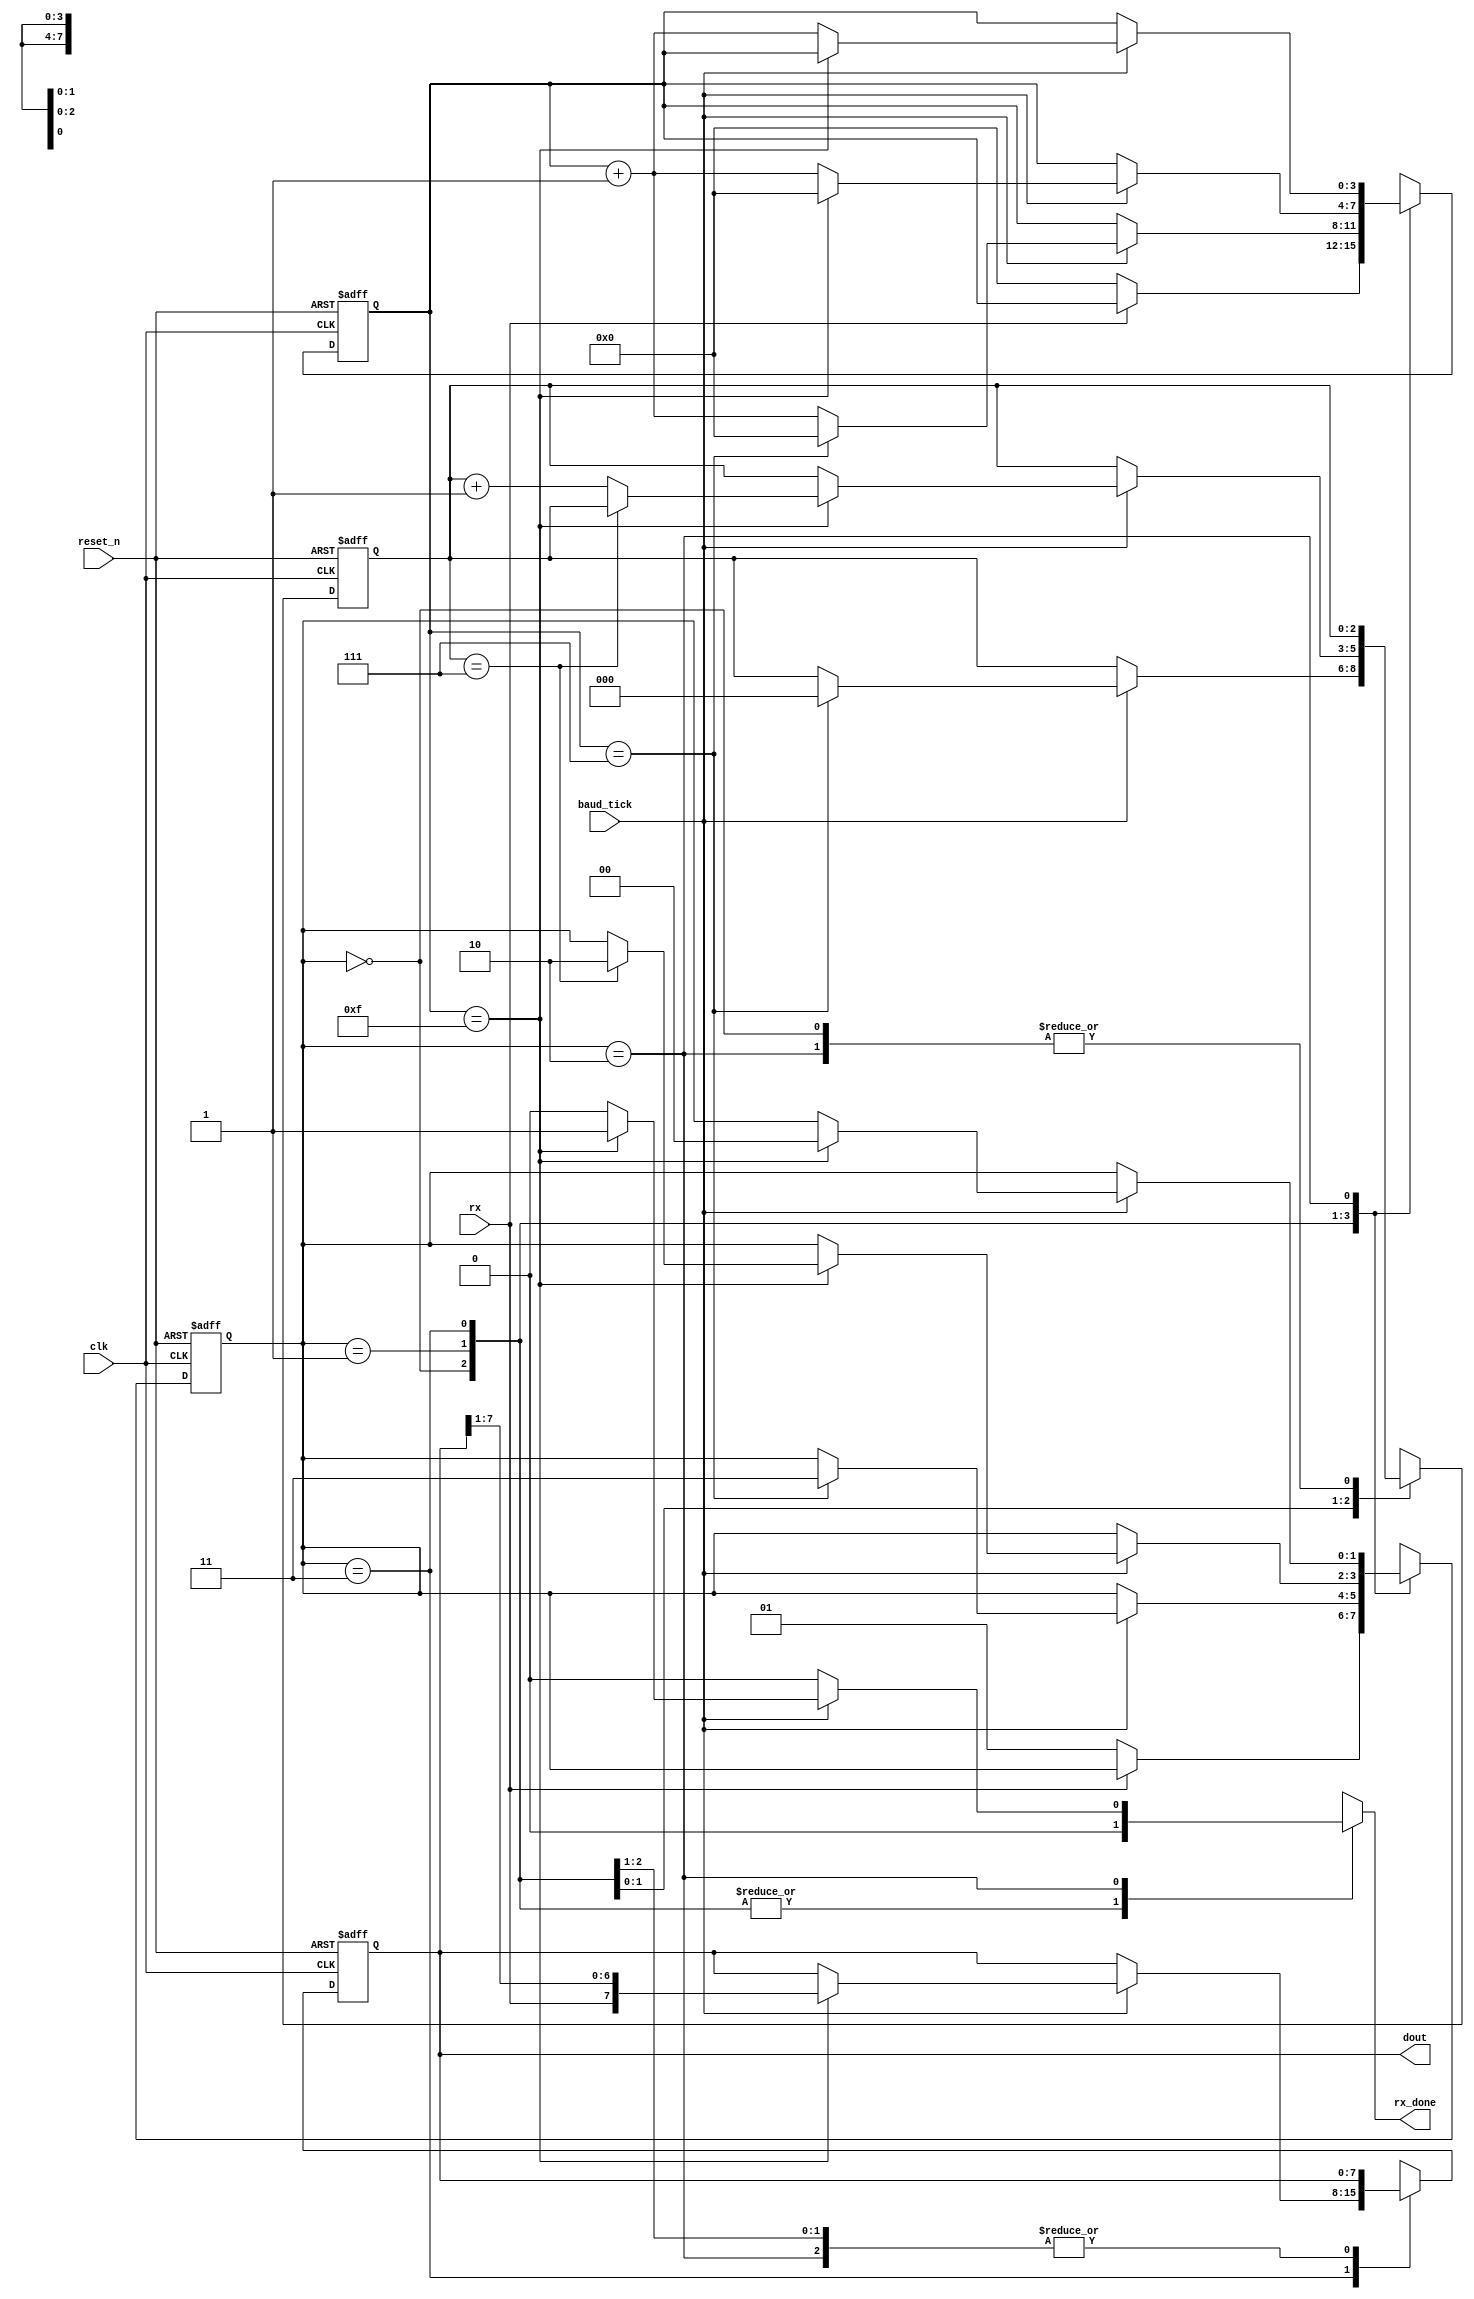
`timescale 1ns / 1ps

module uart_receiver(
input wire clk,
input wire reset_n,

input baud_tick,
input wire rx,

output reg rx_done,
output wire [7:0] dout
);
localparam [1:0] idle_st  = 2'b00;    
localparam [1:0] start_st = 2'b01;
localparam [1:0] data_st  = 2'b11;
localparam [1:0] stop_st  = 2'b10;      
    
    reg [1:0] current_state;
    reg [1:0] next_state;
    reg [3:0] b_reg;        // /
    reg [3:0] b_next;
    reg [2:0] count_reg;    // 
    reg [2:0] count_next;
    reg [7:0] data_reg;     // 
    reg [7:0] data_next;
    
    always @(posedge clk or negedge reset_n) begin          // 
        if(!reset_n) begin
            current_state <= idle_st;
            b_reg <= 0;
            count_reg <= 0;
            data_reg <= 0;
        end else begin
            current_state <= next_state;
            b_reg <= b_next;
            count_reg <= count_next;
            data_reg <= data_next;
        end
    end   
    
    always @(*) begin
        next_state = current_state;     // 
        b_next = b_reg;
        count_next = count_reg;
        data_next = data_reg;
        rx_done = 1'b0;         // 
        
        case (current_state)
            idle_st : begin     // 
                if(~rx) begin          // 
                    next_state = start_st;
                    b_next = 0;
                end
            end
            start_st : begin    // 
                if(baud_tick) begin
                    if(b_reg == 7) begin
                        next_state = data_st;
                        b_next = 0;
                        count_next = 0;
                    end else begin
                        b_next = b_reg + 1'b1;
                    end
                end
            end
            data_st : begin     // 
                if(baud_tick) begin
                    if(b_reg == 15) begin
                        b_next = 0;
                        data_next = {rx, data_reg[7:1]};
                        if(count_next == 7) begin
                            next_state = stop_st;
                        end else begin
                            count_next = count_reg + 1'b1;
                        end
                    end else begin
                        b_next = b_reg + 1;
                    end
                end
            end
            stop_st : begin     // 
                if(baud_tick) begin
                    if(b_reg == 15) begin
                        next_state = idle_st;
                        rx_done = 1'b1;
                    end else begin
                        b_next = b_reg + 1;
                    end
                end
            end
        endcase
    end
    
    assign dout = data_reg;
    
endmodule